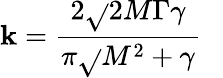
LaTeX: \mathbf{k}={\frac{{2{\sqrt{}{{2}}}M\Gamma\gamma}}{{\pi{\sqrt{}{{M^{2}+\gamma}}}}}}~~~